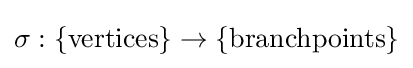
\sigma :\{{\text{vertices}}\}\to \{{\text{branchpoints}}\}